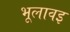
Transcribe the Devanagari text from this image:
भूलावइ